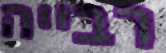
רבייה